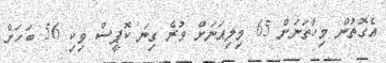
އެގޮތުން މިހާތަނަށް 65 މިލިއަނަށް ވުރެ ގިނަ ކޮޕީސް ވިކި 56 ބަހަށް